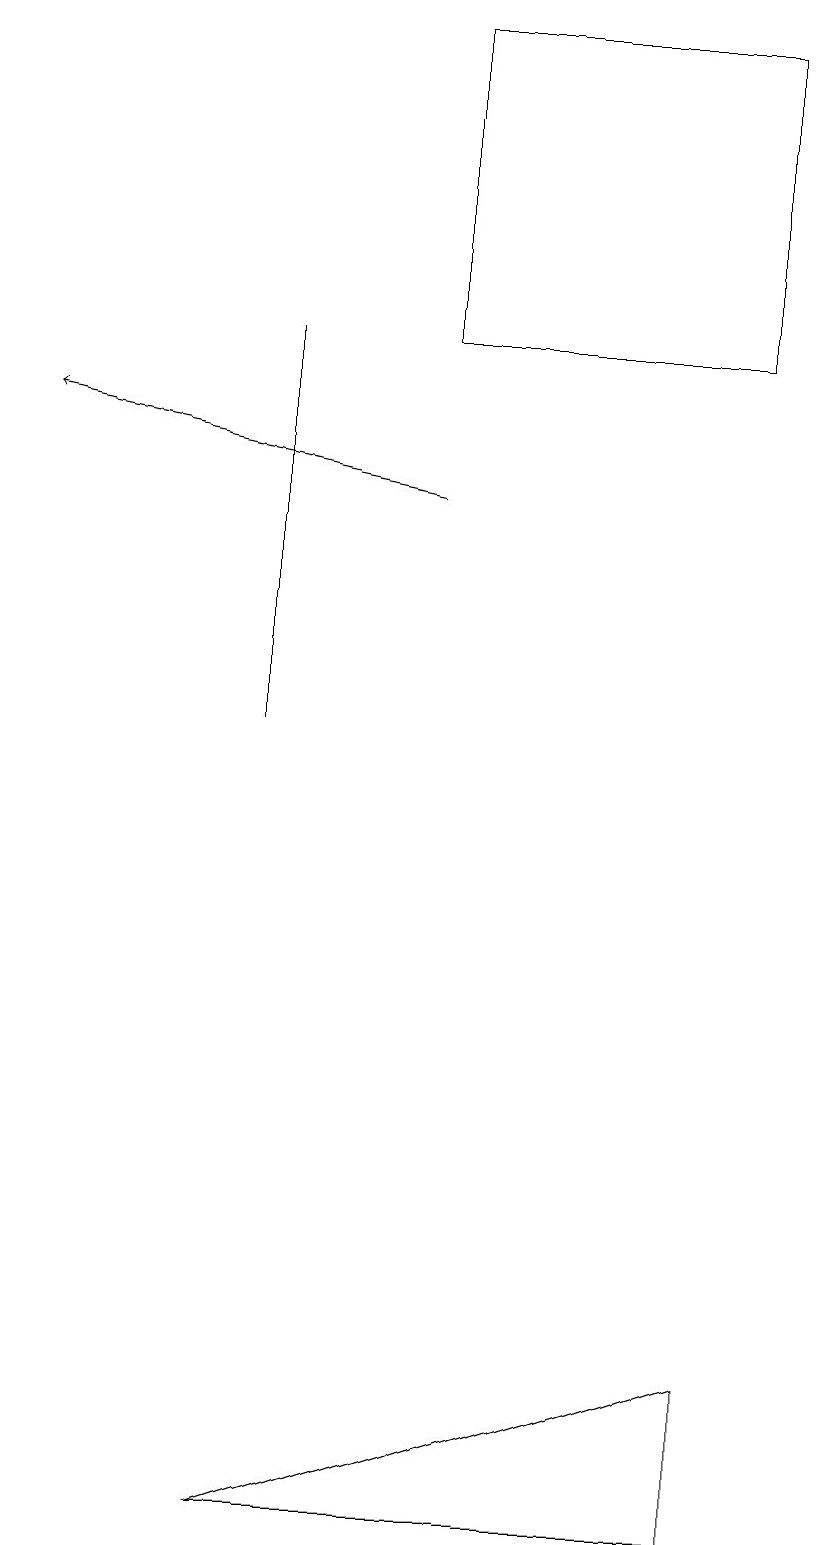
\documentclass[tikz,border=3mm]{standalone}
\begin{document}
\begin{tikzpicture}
\draw[->] (5,13) -- (0,14);
\draw (3,0) -- (9,0) -- (9,2) -- cycle;
\draw (5,15) rectangle (9,19);
\draw (10,10) circle (0);
\draw (3,10) rectangle (3,15);
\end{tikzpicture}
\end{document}